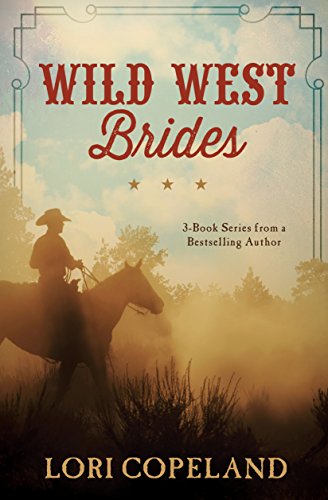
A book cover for Wild West Brides: 3-Book Series from a Bestselling Author; Lori Copeland; Romance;